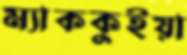
ম্যাককুইয়া